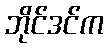
ဘိုင်ဒင်က